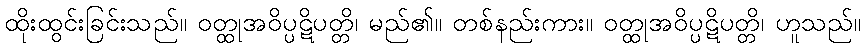
ထိုးထွင်းခြင်းသည်။ ဝတ္ထုအဝိပ္ပဋိပတ္တိ၊ မည်၏။ တစ်နည်းကား။ ဝတ္ထုအဝိပ္ပဋိပတ္တိ၊ ဟူသည်။